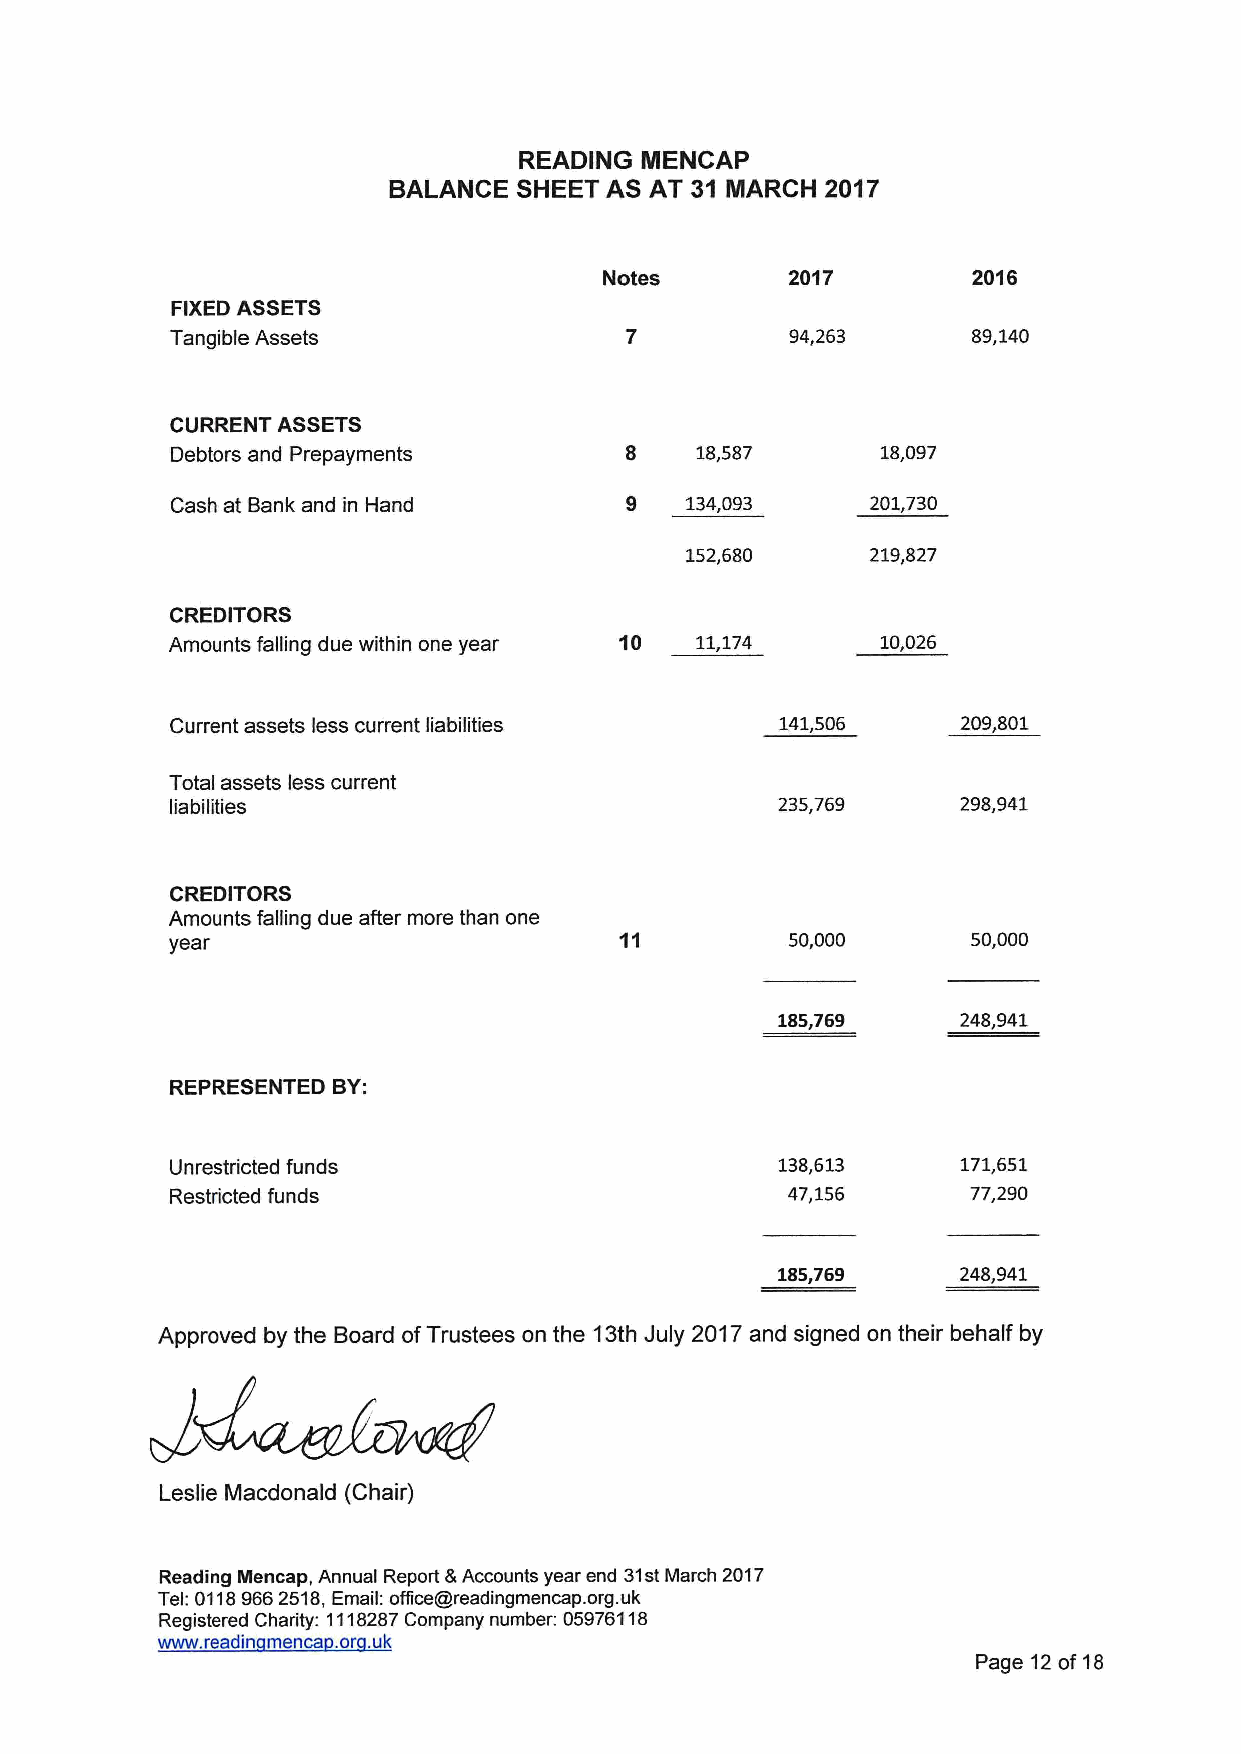
READING MENCAP
 BALANCE SHEET AS AT 31 MARCH 2017
 Notes       2017        2016
 FIXEDASSETS
 Tangible Assets                          94,263      89,140
 CURRENT ASSETS
 Debtors and Prepayments       8    18,587      18,097
 Cash at Bank and in Hand      9   134,093      201,730
 152,680      219,827
 CREDITORS
 Amounts falling due within one year 10 11,174  10,026
 Current assets less current liabilities  141,506     209,801
 Total assets less current
 liabilities                             235,769      298,941
 CREDITORS
 Amounts falling due after more than one
 year                                     50,000      50,000
 185,769      248,941
 REPRESENTED BY:
 Unrestricted funds                       138,613     171,651
 Restricted funds                         47,156      77,290
 185,769     248,941
 Approved by the Board ofTrustees on the 13th July 2017and signed on their behalf by
 Leslie Macdonald (Chair)
 Reading IHencap, Annual Report &Accounts year end 31stMarch 2017
 Tel: 01189662518,Email: office@readingmencap. org.uk
 Registered Charity: 1118287Company number: 05976118
 www. readin menca .or .uk
 Page 12of18